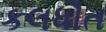
કલધૌત